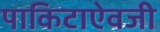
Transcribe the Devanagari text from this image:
पाकिटाऐवजी